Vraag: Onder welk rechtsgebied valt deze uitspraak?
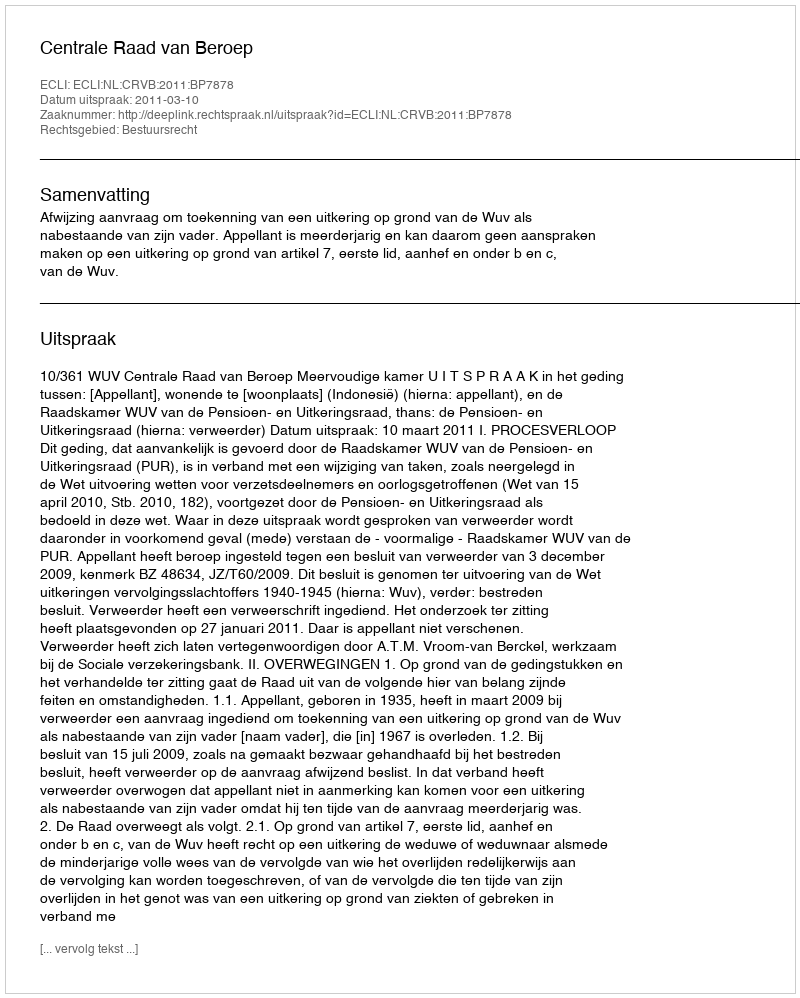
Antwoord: Bestuursrecht